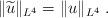
LaTeX: \begin{align*}\Vert \widetilde{u}\Vert_{L^4}=\Vert u\Vert_{L^4}\ .\end{align*}